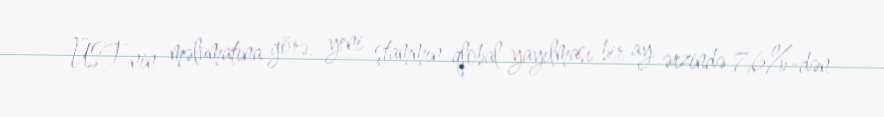
ÜST-nin məlumatına görə, yeni ştammın qlobal yayılması bir ay ərzində 7,6%-dən